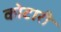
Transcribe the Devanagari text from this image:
कोटारी